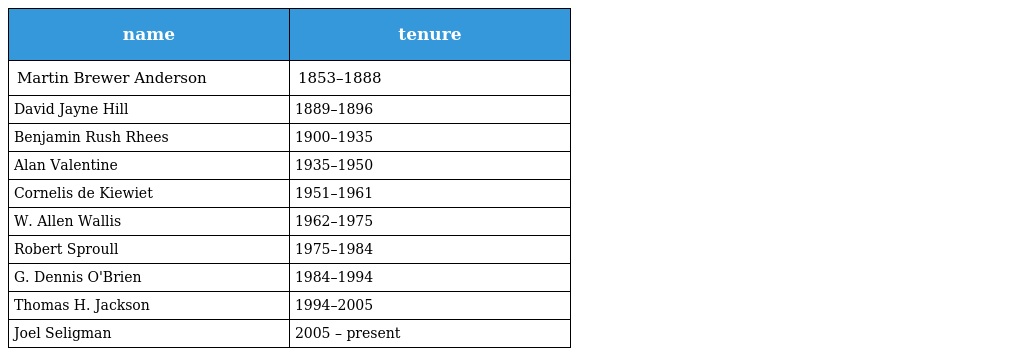
| name | tenure |
 | --- | --- |
 | Martin Brewer Anderson | 1853–1888 |
 | David Jayne Hill | 1889–1896 |
 | Benjamin Rush Rhees | 1900–1935 |
 | Alan Valentine | 1935–1950 |
 | Cornelis de Kiewiet | 1951–1961 |
 | W. Allen Wallis | 1962–1975 |
 | Robert Sproull | 1975–1984 |
 | G. Dennis O'Brien | 1984–1994 |
 | Thomas H. Jackson | 1994–2005 |
 | Joel Seligman | 2005 – present |